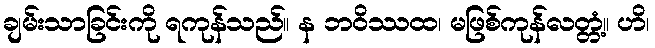
ချမ်းသာခြင်းကို ရကုန်သည်။ န ဘဝိဿထ၊ မဖြစ်ကုန်လတ္တံ့။ ဟိ၊